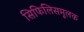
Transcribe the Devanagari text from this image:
सिफिलिसमूलक